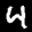
Label: 4